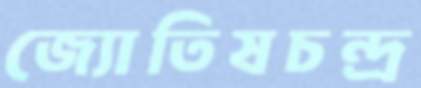
জ্যোতিষচন্দ্র